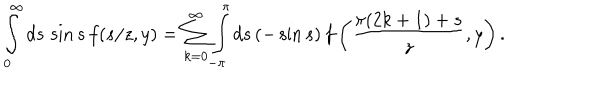
\int _ { 0 } ^ { \infty } d s \, \sin s \, f ( s / z , y ) = \sum _ { k = 0 } ^ { \infty } \int _ { - \pi } ^ { \pi } d s \, ( - \sin s ) \, f \left( \frac { \pi ( 2 k + 1 ) + s } z , y \right) .